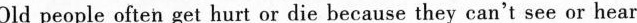
Old people often get hurt or die because they can't see or hear